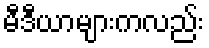
မီဒီယာများကလည်း